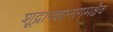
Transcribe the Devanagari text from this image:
शूद्राज्ज्ञानागमश्चैव